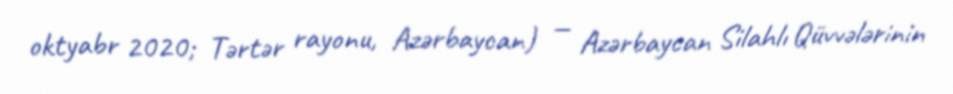
oktyabr 2020; Tərtər rayonu, Azərbaycan) — Azərbaycan Silahlı Qüvvələrinin